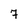
Character: 7